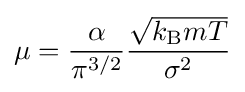
\mu ={\frac {\alpha }{\pi ^{3/2}}}{\frac {\sqrt {k_{\text{B}}mT}}{\sigma ^{2}}}